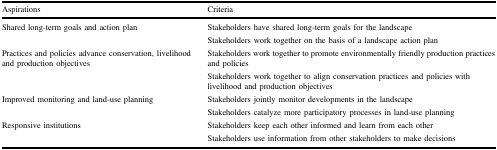
<table><thead><tr><td><b>Aspirations</b></td><td><b>Criteria</b></td></tr></thead><tbody><tr><td>Shared long-term goals and action plan</td><td>Stakeholders have shared long-term goals for the landscape</td></tr><tr><td></td><td>Stakeholders work together on the basis of a landscape action plan</td></tr><tr><td rowspan="2">Practices and policies advance conservation, livelihood and production objectives</td><td>Stakeholders work together to promote environmentally friendly production practices and policies</td></tr><tr><td>Stakeholders work together to align conservation practices and policies with livelihood and production objectives</td></tr><tr><td rowspan="2">Improved monitoring and land-use planning</td><td>Stakeholders jointly monitor developments in the landscape</td></tr><tr><td>Stakeholders catalyze more participatory processes in land-use planning</td></tr><tr><td rowspan="2">Responsive institutions</td><td>Stakeholders keep each other informed and learn from each other</td></tr><tr><td>Stakeholders use information from other stakeholders to make decisions</td></tr></tbody></table>